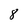
Character: 8